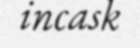
incask